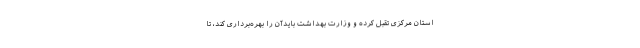
استان مرکزی تقبل کرده و وزارت بهداشت بایدآن را بهره‌برداری کند، تا